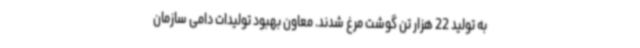
به تولید 22 هزار تن گوشت مرغ شدند. معاون بهبود تولیدات دامی سازمان